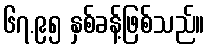
၆၇.၉၅ နှစ်ခန့်ဖြစ်သည်။